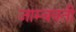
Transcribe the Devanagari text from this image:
जाम्‍बवती